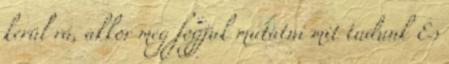
kerül rá, akkor meg fogjuk mutatni mit tudunk És